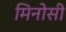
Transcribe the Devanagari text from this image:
मिनोसी